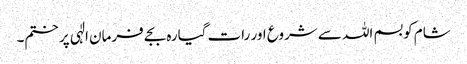
شام کو بسم اللہ سے شروع اور رات گیارہ بجے فرمان الٰہی پر ختم۔